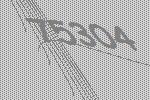
75304